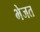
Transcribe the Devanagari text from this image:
भेजत